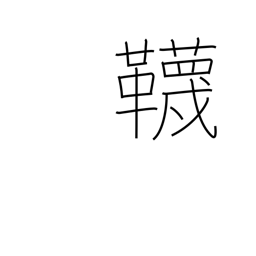
Meaning: stockings